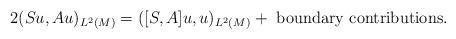
LaTeX: \begin{align*}2(S u, A u)_{L^2(M)} = ([S,A] u,u)_{L^2(M)} + \mbox{ boundary contributions.}\end{align*}